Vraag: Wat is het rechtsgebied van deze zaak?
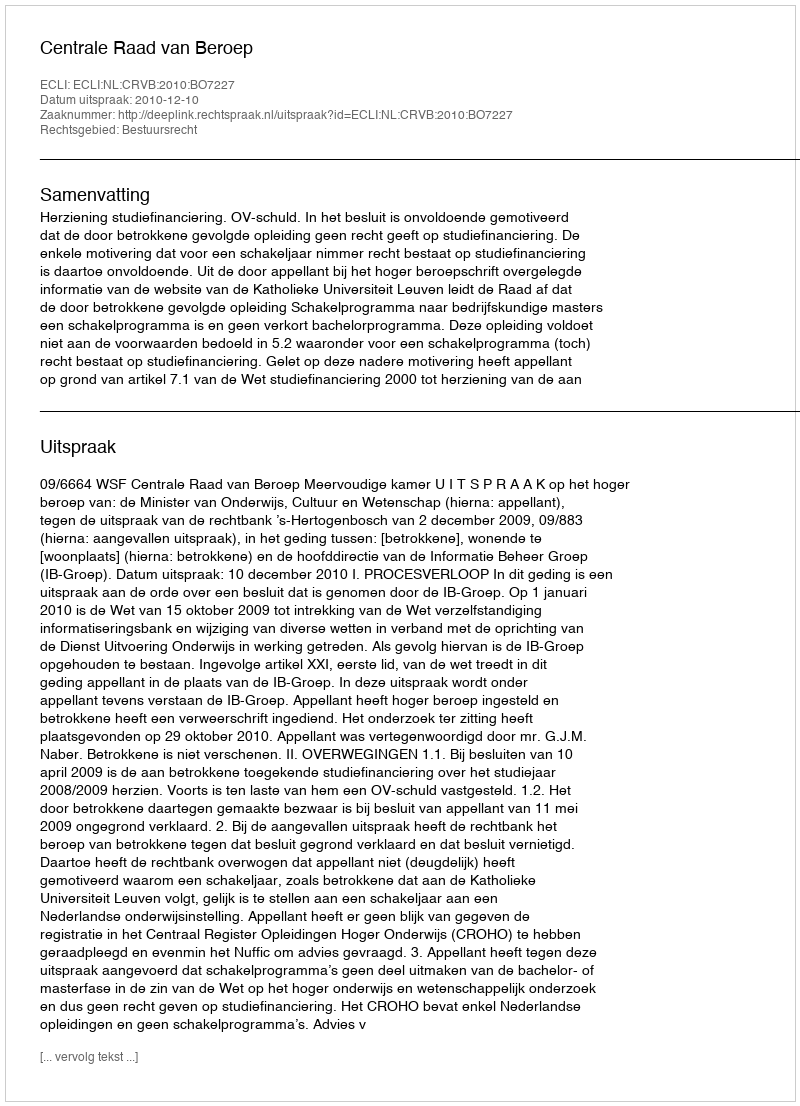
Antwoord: Bestuursrecht